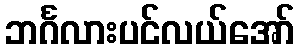
ဘင်္ဂလားပင်လယ်အော်